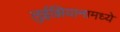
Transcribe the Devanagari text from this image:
लुईझियानामध्ये